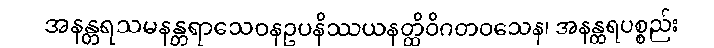
အနန္တရသမနန္တရာသေဝနဥပနိဿယနတ္ထိဝိဂတဝသေန၊ အနန္တရပစ္စည်း